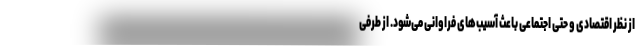
از نظر اقتصادی و حتی اجتماعی باعث آسیب‌های فراوانی می‌شود. از طرفی